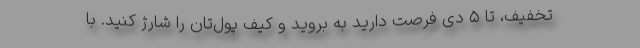
تخفیف، تا ۵ دی فرصت دارید به بروید و کیف پول‌تان را شارژ کنید. با